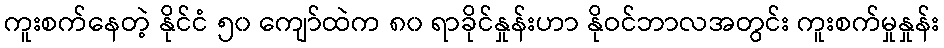
ကူးစက်နေတဲ့ နိုင်ငံ ၅၀ ကျော်ထဲက ၈၀ ရာခိုင်နှုန်းဟာ နိုဝင်ဘာလအတွင်း ကူးစက်မှုနှုန်း